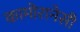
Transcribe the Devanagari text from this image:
कामोरानेसी